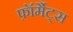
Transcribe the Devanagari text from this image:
फ़ॉर्मैट्स